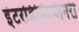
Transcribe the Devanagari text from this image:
इंटरडिसिप्लिनरी